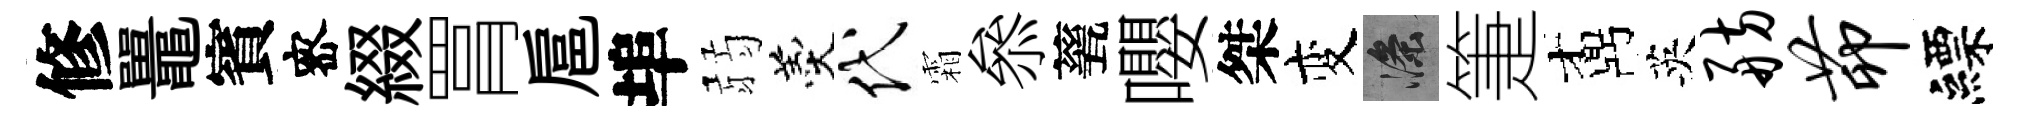
修鼉賓宻綴罥扈埠弱羹代霜叅甆嚶桀变滌箑鼒英舫茆縹